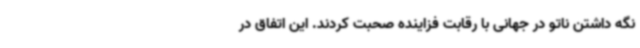
نگه داشتن ناتو در جهانی با رقابت فزاینده صحبت کردند. این اتفاق در